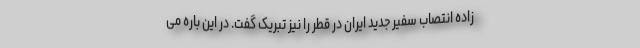
زاده انتصاب سفیر جدید ایران در قطر را نیز تبریک گفت. در این باره می